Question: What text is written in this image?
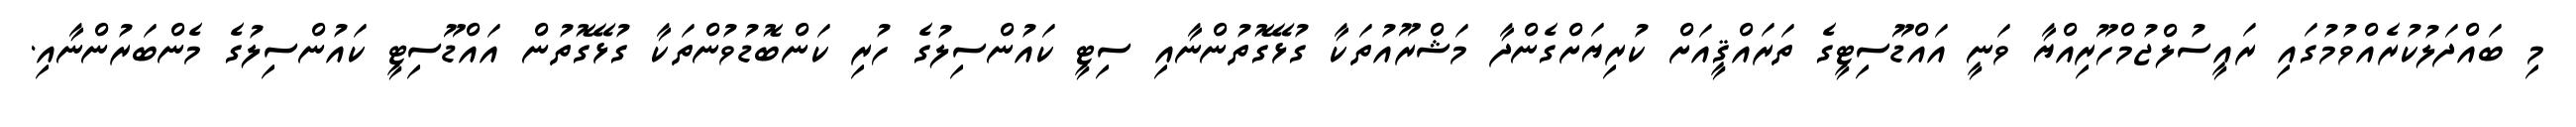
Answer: މި ބައްދަލުކުރެއްވުމުގައި ރައީސުލްޖުމްހޫރިއްޔާ ވަނީ އައްޑޫސިޓީގެ ތަރައްޤީއަށް ކުރިޔަށްގެންދާ މަޝްރޫއުތަކާ ގުޅޭގޮތުންނާއި ސިޓީ ކައުންސިލުގެ ހުރި ކަންބޮޑުވުންތަކާ ގުޅޭގޮތުން އައްޑޫސިޓީ ކައުންސިލުގެ މެންބަރުންނާއި.